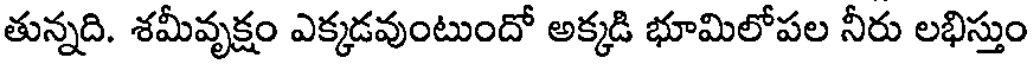
తున్నది. శమీవృక్షం ఎక్కడవుంటుందో అక్కడి భూమిలోపల నీరు లభిస్తుం